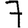
Digit: 7